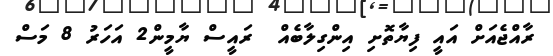
ރާއްޖެއަށް އައީ ފިޔާތޮށި އިންގިލާބެއް  ރައީސް ޔާމީން2 އަހަރު 8 މަސް